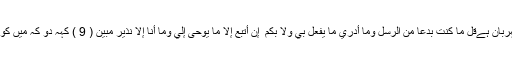
اور وہ بخشنے والا مہربان ہےقُلْ مَا كُنتُ بِدْعًا مِّنَ الرُّسُلِ وَمَا أَدْرِي مَا يُفْعَلُ بِي وَلَا بِكُمْ ۖ إِنْ أَتَّبِعُ إِلَّا مَا يُوحَىٰ إِلَيَّ وَمَا أَنَا إِلَّا نَذِيرٌ مُّبِينٌ ( 9 ) کہہ دو کہ میں کوئی نیا پیغمبر نہیں آیا۔